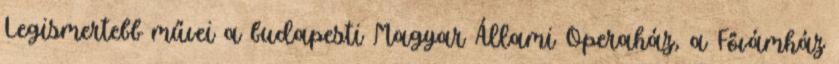
Legismertebb művei a budapesti Magyar Állami Operaház, a Fővámház